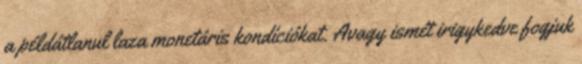
a példátlanul laza monetáris kondíciókat. Avagy ismét irigykedve fogjuk